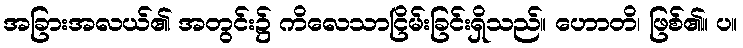
အခြားအလယ်၏ အတွင်း၌ ကိလေသာငြိမ်းခြင်းရှိသည်။ ဟောတိ၊ ဖြစ်၏။ ပ။